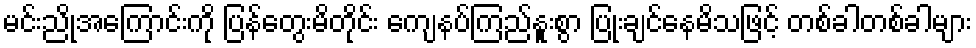
မင်းညိုအကြောင်းကို ပြန်တွေးမိတိုင်း ကျေနပ်ကြည်နူးစွာ ပြုံးချင်နေမိသဖြင့် တစ်ခါတစ်ခါများ